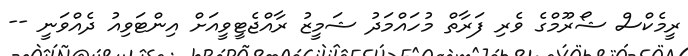
ރީމެކްސް ޝޯރޫމްގެ ވެރި ފަރާތް މުހައްމަދު ޝަމީޒު ރާއްޖެޓީވީއަށް އިންޓަވިއު ދެއްވަނީ --